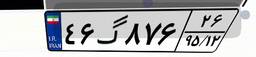
۴۶گ۸۷۶۲۶